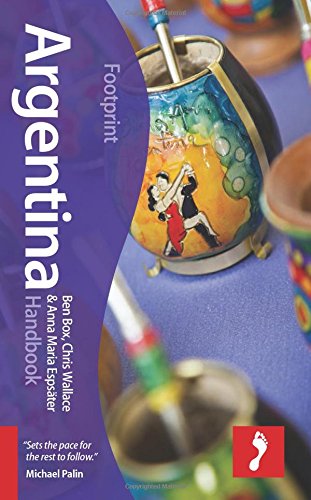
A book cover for Argentina Handbook (Footprint - Handbooks); Ben Box; Travel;